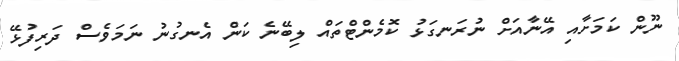
ނޫން ކަމަށާއި އޭނާއަށް ނުރަނގަޅު ކޮމެންޓްތައް ލިބޭނެ ކަން އެނގުނު ނަމަވެސް ދަރިފުޅޭ